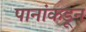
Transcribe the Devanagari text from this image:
पानांकडून